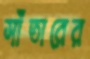
সাঁতারের